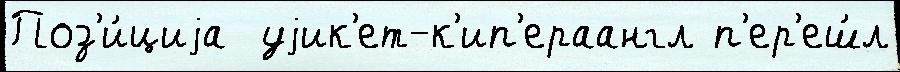
Поз'и́циjа  уjик'ет-к'ип'ераангл п'ер'еш́л